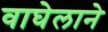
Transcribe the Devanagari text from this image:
वाघेलाने